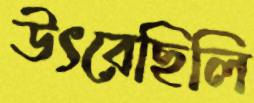
উৎরেছিলি